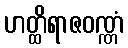
ဟတ္ထိရာဇဝဏ္ဏံ